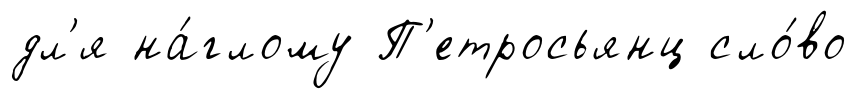
дл'я на́глому П'етросьянц сло́во